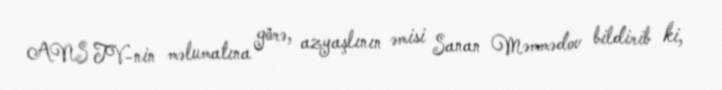
ANS TV-nin məlumatına görə, azyaşlının əmisi Sanan Məmmədov bildirib ki,